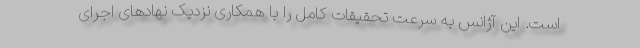
است. این آژانس به سرعت تحقیقات کامل را با همکاری نزدیک نهادهای اجرای